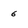
Character: 6